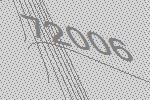
72006